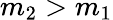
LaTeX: m_{2}>m_{1}